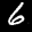
Label: 6